Annual administration report of the Civil Veterinary Department of India - 1909-1910
Year: 1909
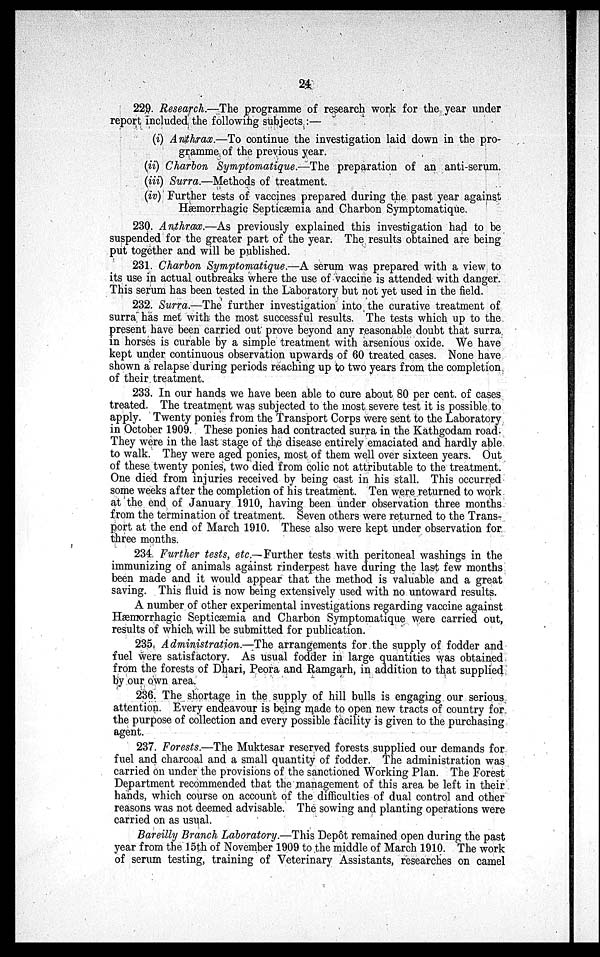
24
229. Research.—The programme of research work for the year under
report included the following subjects:—
(i) Anthrax.—To continue the investigation laid down in the pro-
gramme of the previous year.
(ii) Charbon Symptomatique.—The preparation of an anti-serum.
(iii) Surra.—Methods of treatment.
(iv) Further tests of vaccines prepared during the past year against
Hæmorrhagic Septicæmia and Charbon Symptomatique.
230. Anthrax.—As previously explained this investigation had to be
suspended for the greater part of the year. The results obtained are being
put together and will be published.
231. Charbon Symptomatique.—A serum was prepared with a view to
its use in actual outbreaks where the use of vaccine is attended with danger.
This serum has been tested in the Laboratory but not yet used in the field.
232. Surra.—The further investigation into the curative treatment of
surra has met with the most successful results. The tests which up to the
present have been carried out prove beyond any reasonable doubt that surra
in horses is curable by a simple treatment with arsenious oxide. We have
kept under continuous observation upwards of 60 treated cases. None have
shown a relapse during periods reaching up to two years from the completion
of their treatment.
233. In our hands we have been able to cure about 80 per cent. of cases
treated. The treatment was subjected to the most severe test it is possible to
apply. Twenty ponies from the Transport Corps were sent to the Laboratory
in October 1909. These ponies had contracted surra in the Kathgodam road.
They were in the last stage of the disease entirely emaciated and hardly able
to walk. They were aged ponies, most of them well over sixteen years. Out
of these twenty ponies, two died from colic not attributable to the treatment.
One died from injuries received by being cast in his stall. This occurred
some weeks after the completion of his treatment. Ten were returned to work
at the end of January 1910, having been under observation three months
from the termination of treatment. Seven others were returned to the Trans-
port at the end of March 1910. These also were kept under observation for
three months.
234. Further tests, etc.— Further tests with peritoneal washings in the
immunizing of animals against rinderpest have during the last few months
been made and it would appear that the method is valuable and a great
saving. This fluid is now being extensively used with no untoward results.
A number of other experimental investigations regarding vaccine against
Hæmorrhagic Septicæmia and Charbon Symptomatique were carried out,
results of which will be submitted for publication.
235. Administration.—The arrangements for the supply of fodder and
fuel were satisfactory. As usual fodder in large quantities was obtained
from the forests of Dhari, Peora and Ramgarh, in addition to that supplied
by our own area.
236. The shortage in the supply of hill bulls is engaging our serious
attention. Every endeavour is being made to open new tracts of country for
the purpose of collection and every possible facility is given to the purchasing
agent.
237. Forests.—The Muktesar reserved forests supplied our demands for
fuel and charcoal and a small quantity of fodder. The administration was
carried on under the provisions of the sanctioned Working Plan. The Forest
Department recommended that the management of this area be left in their
hands, which course on account of the difficulties of dual control and other
reasons was not deemed advisable. The sowing and planting operations were
carried on as usual.
Bareilly Branch Laboratory.—This Depôt remained open during the past
year from the 15th of November 1909 to the middle of March 1910. The work
of serum testing, training of Veterinary Assistants, researches on camel